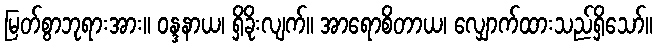
မြတ်စွာဘုရားအား။ ဝန္ဒနာယ၊ ရှိခိုးလျက်။ အာရောစိတာယ၊ လျှောက်ထားသည်ရှိသော်။